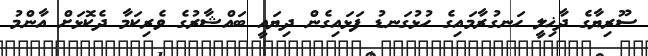
ސޫރިޔާގެ ދާޚިލީ ހަނގުރާމައިގެ ހުޅުގަނޑު ފަޅައިގެން ދިޔައީ ބައްޝާރުގެ ވެރިކަމާ ދެކޮޅަށް އާންމު